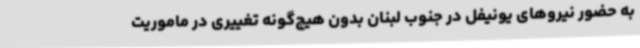
به حضور نیروهای یونیفل در جنوب لبنان بدون هیچ‌گونه تغییری در ماموریت